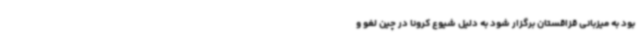
بود به میزبانی قزاقستان برگزار شود به دلیل شیوع کرونا در چین لغو و